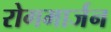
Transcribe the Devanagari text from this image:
रोगमार्जन